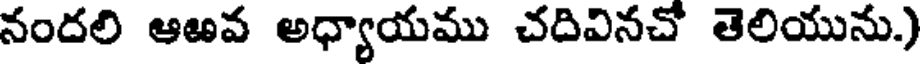
నందలి ఆఱవ అధ్యాయము చదివినచో తెలియును.)